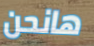
هانحن